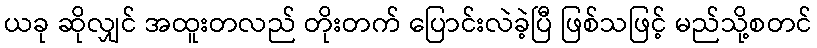
ယခု ဆိုလျှင် အထူးတလည် တိုးတက် ပြောင်းလဲခဲ့ပြီ ဖြစ်သဖြင့် မည်သို့စတင်